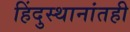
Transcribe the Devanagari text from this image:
हिंदुस्थानांतही